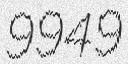
9949